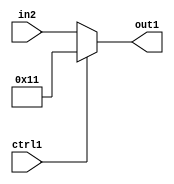
`timescale 1ps / 1ps
/*****************************************************************************
    Verilog RTL Description
    
    
    Created by: Stratus DpOpt 2019.1.01 
*******************************************************************************/

module fix2float_Muxi17u5u1_4_2 (
	in2,
	ctrl1,
	out1
	); /* architecture "behavioural" */ 
input [4:0] in2;
input  ctrl1;
output [4:0] out1;
wire [4:0] asc001;

reg [4:0] asc001_tmp_0;
assign asc001 = asc001_tmp_0;
always @ (ctrl1 or in2) begin
	case (ctrl1)
		1'B1 : asc001_tmp_0 = 5'B10001 ;
		default : asc001_tmp_0 = in2 ;
	endcase
end

assign out1 = asc001;
endmodule

/* CADENCE  uLPyQwo= : u9/ySgnWtBlWxVPRXgAZ4Og= ** DO NOT EDIT THIS LINE ******/